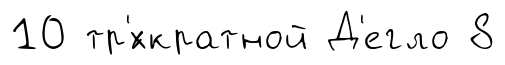
10 тр'́хкратной Д'егло 8